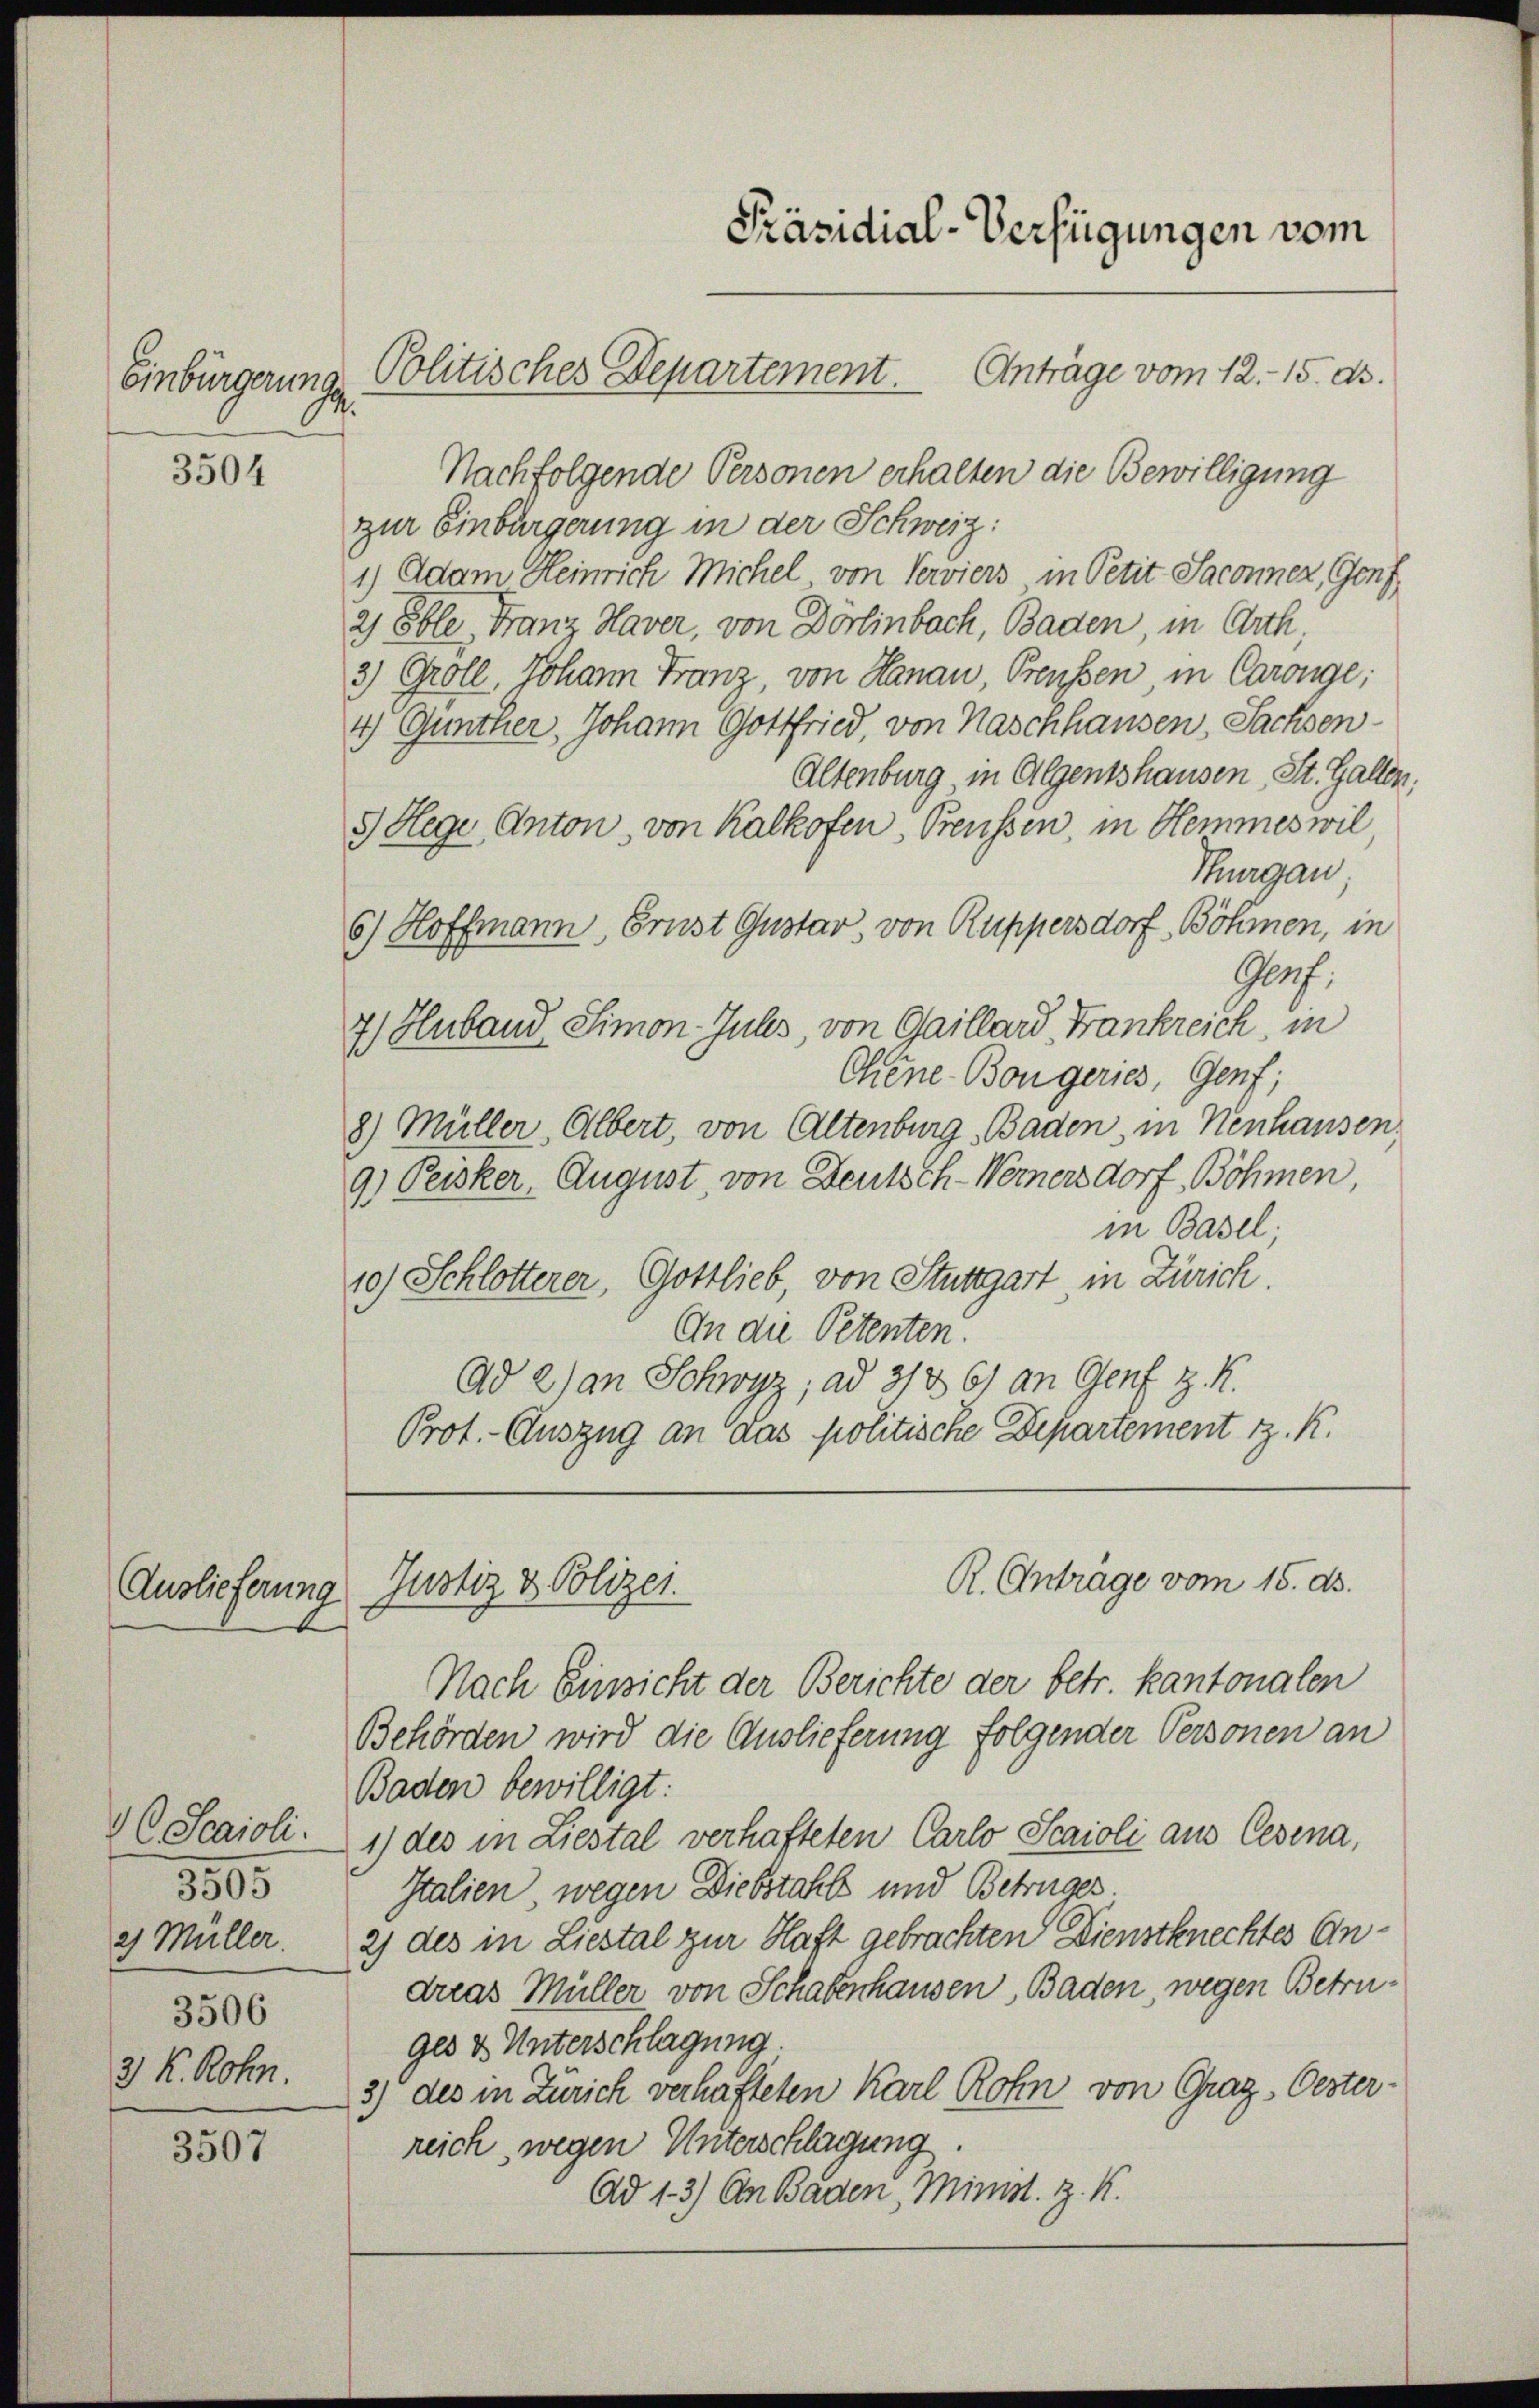
Einbürgerungs

3504

Auslieferung

C Scaioli.
3805
2.) Müller.
3506
3 K. Rohn.

3507

Nachfolgende Personen erhalten die Bewilligung
zur Einbürgerung in der Schweiz:
1) Adam Heinrich Michel von Serviers in Petit Jaconnez, Genf
2 Eble, Franz Haver, von Dörlinbach, Baden, in Arth,
3) Groll, Johann Franz, von Hanau Preussen, in Caronge;
4) Günther, Johann Gottfried, von Naschhausen, Sachsen¬
Altenburg in Algentshausen, St. Gallen,
5 Hege Anton, von Kalkofen, Preussen, in Hemmeswil,
Thurgau
6) Hoffmann, Brust Gustav, von Ruppersdorf, Böhmen, in
Graf.
7) Huband Simon Juls, von Gaillard Frankreich in
Chene Bon geries, Genf;
8) Müller, Albert, von Altenburg, Baden, in Neuhausen.
9) Peisker, August, von Deutsch-Wernersdorf, Böhmen,
in Basel;
10) Schlotterer, Gottlieb, von Stuttgart in Zürich.
An die Petenten.
Ad 2) an Schwyz; ad 31861 an Genf z. R.
Prot. - Auszug an das politische Departement z. K.

Justiz & Polizei.

Präsidial-Verfügungen vom

Oolitisches Departement. Anträge vom 12. 15. ds.

R. Anträge vom 15. ds.

Nach Einsicht der Berichte der betr. kantonalen
Behörden wird die Auslieferung folgender Personen an
Baden bewilligt:
1) des in Liestal verhafteten Carlo Scaioli aus Cesina,
Italien, wegen Diebstahls und Betruges
2) des in Liestal zur Haft gebrachten Dienstknechtes Andreas Müller von Schabenhausen, Baden, wegen Betruges & Unterschlagung.
3) des in Zürich verhafteten Karl Rohn von Graz, Oester-
reich, wegen Unterschlagung.
Ad 13) An Baden, Minist. Z. K.